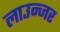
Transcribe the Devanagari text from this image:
लाउन्जर